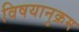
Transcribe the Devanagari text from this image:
विषयानुक्रम